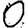
Digit: 0